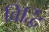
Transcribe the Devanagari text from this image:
विर्द्धि